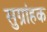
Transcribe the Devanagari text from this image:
सुग्रांहक